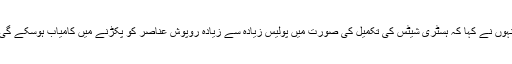
انہوں نے کہا کہ ہسٹری شیٹس کی تکمیل کی صورت میں پولیس زیادہ سے زیادہ روپوش عناصر کو پکڑنے میں کامیاب ہوسکے گی۔